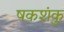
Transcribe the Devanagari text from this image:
षकशंकु